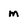
Character: m